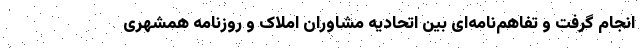
انجام گرفت و تفاهم‌نامه‌ای‌ بین اتحادیه مشاوران املاک و روزنامه همشهری